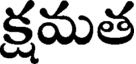
క్షమత